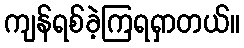
ကျန်ရစ်ခဲ့ကြရရှာတယ်။